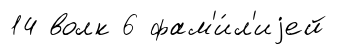
14 волк 6 фам'и́л'иjей